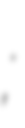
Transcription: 劉禹錫;